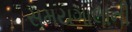
સમયગાલાની